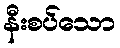
နီးစပ်သော